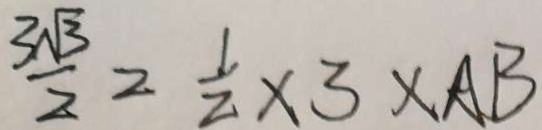
\frac { 3 \sqrt { 3 } } { 2 } = \frac { 1 } { 2 } \times 3 \times A B